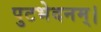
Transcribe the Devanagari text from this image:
पुटभेदनम्।